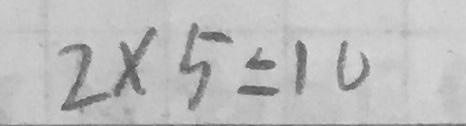
2 \times 5 = 1 0